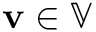
\mathbf { v } \in \mathbb { V }